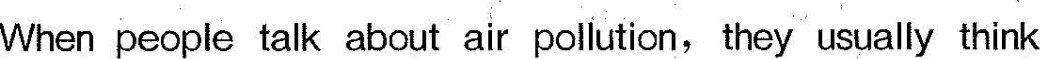
When people talk about air pollution, they usually think